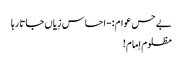
بے حس عوام:-احساس زِیاں جاتا رہا
مظلوم اِمام!